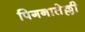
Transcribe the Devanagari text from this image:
पिगनातेल्ली